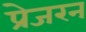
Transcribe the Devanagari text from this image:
प्रेजरन